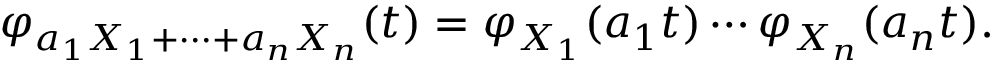
\varphi _ { a _ { 1 } X _ { 1 } + \cdots + a _ { n } X _ { n } } ( t ) = \varphi _ { X _ { 1 } } ( a _ { 1 } t ) \cdots \varphi _ { X _ { n } } ( a _ { n } t ) .